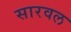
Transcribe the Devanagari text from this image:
सारवल